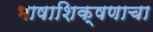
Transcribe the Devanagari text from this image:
भाषाशिक्षणाचा